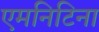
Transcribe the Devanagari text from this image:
एमनिटिना